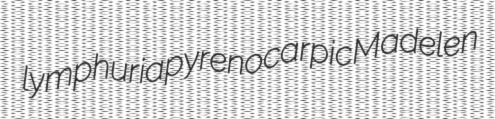
lymphuria pyrenocarpic Madelen